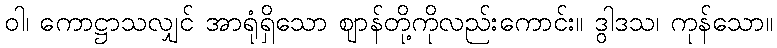
ဝါ၊ ကောဋ္ဌာသလျှင် အာရုံရှိသော ဈာန်တို့ကိုလည်းကောင်း။ ဒွါဒသ၊ ကုန်သော။